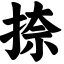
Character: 捺